Leaving Certificate Examination, 1924
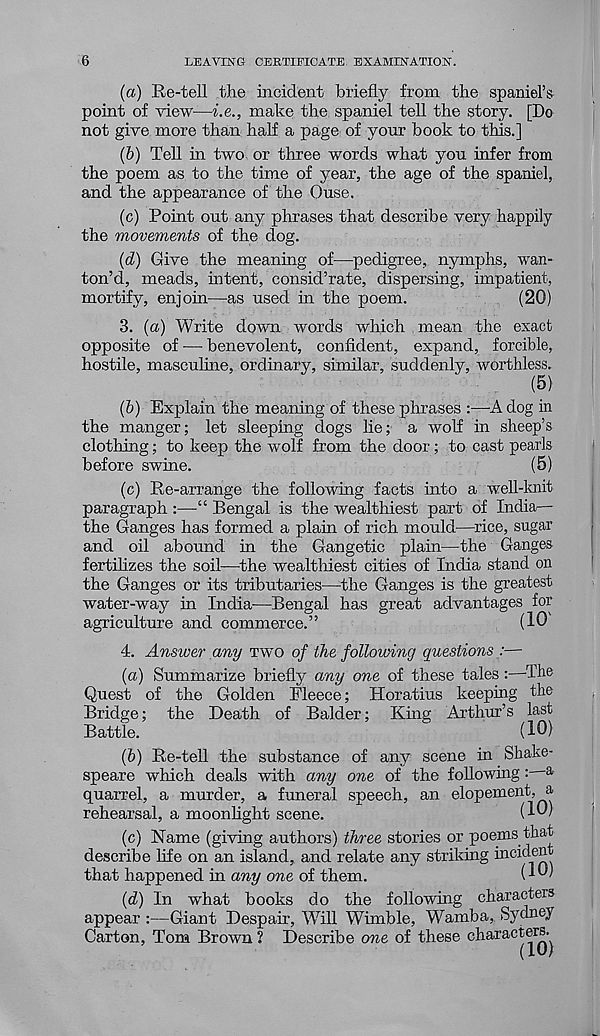
6
LEAVING CERTIFICATE EXAMINATION.
(а) Re-tell the incident briefly from the spaniel’s
point of view—i.e., make the spaniel tell the story. [Do
not give more than half a page of your book to this.]
(&) Tell in two or three words what you infer from
the poem as to the time of year, the age of the spaniel,
and the appearance of the Ouse.
(c) Point out any phrases that describe very happily
the movements of the dog.
(d) Give the meaning of—pedigree, nymphs, wan-
ton’d, meads, intent, consid’rate, dispersing, impatient,
mortify, enjoin—as used in the poem.
(20)
3. {a) Write down words which mean the exact
opposite of -— benevolent, confident, expand, forcible,
hostile, masculine, ordinary, similar, suddenly, worthless.
(5)
(б) Explain the meaning of these phrases :—A dog in
the manger; let sleeping dogs lie; a wolf in sheep’s
clothing; to keep the wolf from the door; to cast pearls
before swine.
(5)
(c) Re-arrange the following facts into a well-knit
paragraph :—“ Bengal is the wealthiest part of India—
the Ganges has formed a plain of rich mould—rice, sugar
and oil abound in the Gangetic plain—the Ganges
fertilizes the soil—the wealthiest cities of India stand on
the Ganges or its tributaries—the Ganges is the greatest
water-way in India—Bengal has great advantages for
agriculture and commerce.”
(10
4. Answer any TWO of the following questions :—
(а) Summarize briefly any one of these tales:—The
Quest of the Golden Fleece; Horatius keeping the
Bridge; the Death of Balder; King Arthur’s last
Battle.
(10)
(б) Re-tell the substance of any scene in Shake-
speare which deals with any one of the following: a
quarrel, a murder, a funeral speech, an elopement, a
rehearsal, a moonlight scene.
(10)
(c) Name (giving authors) three stories or poems that
describe life on an island, and relate any striking incident
that happened in any one of them..
(10)
(d) In what books do the following characters
appear :—Giant Despair, Will Wimble, Wamba, Sydney
Carton, Tom Brown ? Describe one of these characters.